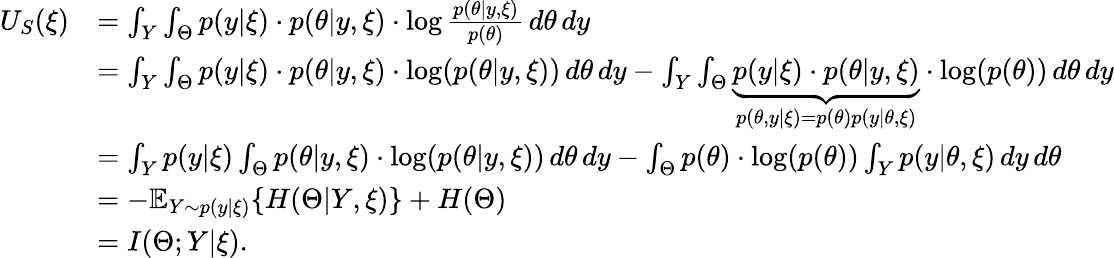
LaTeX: \begin{array}{rl}{U_{S}(\xi)}&{=\int_{Y}\int_{\Theta}p(y|\xi)\cdot p(\theta|y,\xi)\cdot\log\frac{p(\theta|y,\xi)}{p(\theta)}\, d\theta\, dy}\\ &{=\int_{Y}\int_{\Theta}p(y|\xi)\cdot p(\theta|y,\xi)\cdot\log(p(\theta|y,\xi))\, d\theta\, dy-\int_{Y}\int_{\Theta}\underbrace{p(y|\xi)\cdot p(\theta|y,\xi)}_{{p(\theta,y|\xi)=p(\theta)p(y|\theta,\xi)}}\cdot\log(p(\theta))\, d\theta\, dy}\\ &{=\int_{Y}p(y|\xi)\int_{\Theta}p(\theta|y,\xi)\cdot\log(p(\theta|y,\xi))\, d\theta\, dy-\int_{\Theta}p(\theta)\cdot\log(p(\theta))\int_{Y}p(y|\theta,\xi)\, dy\, d\theta}\\ &{=-\mathbb{E}_{Y\sim p(y|\xi)}\{ H(\Theta|Y,\xi)\} +H(\Theta)}\\ &{=I(\Theta;Y|\xi).}\end{array}